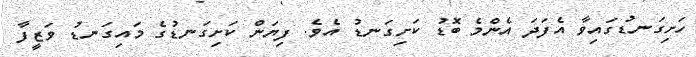
ހަށިގަނޑުގައިވާ އެފަދަ އެންމެ ބޮޑު ކަށިގަނޑު އެވެ. ފިޔަން ކަށިގަނޑުގެ މައިގަނޑު ވަޒީފާ